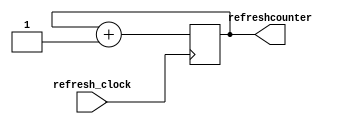
`timescale 1ns / 1ps
//////////////////////////////////////////////////////////////////////////////////
// Company: 
// Engineer: 
// 
// Design Name: 
// Module Name: refreshcounter
// Project Name: 
// Target Devices: 
// Tool Versions: 
// Description: 
// 
// Dependencies: 
// 
// Revision:
// Revision 0.01 - File Created
// Additional Comments:
// 
//////////////////////////////////////////////////////////////////////////////////


module refreshcounter(
input refresh_clock,
output reg [2:0] refreshcounter = 0
    );
    
always@(posedge refresh_clock)refreshcounter <= refreshcounter +1;
endmodule